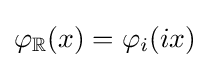
\varphi _{\mathbb {R} }(x)=\varphi _{i}(ix)